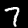
Digit: 7